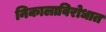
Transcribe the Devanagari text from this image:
निकालाविरोधात